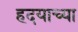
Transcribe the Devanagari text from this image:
हदयाच्या